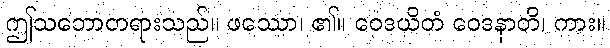
ဤသဘောတရားသည်။ ဖဿော၊ ၏။ ဝေဒယိတံ ဝေဒနာတိ၊ ကား။